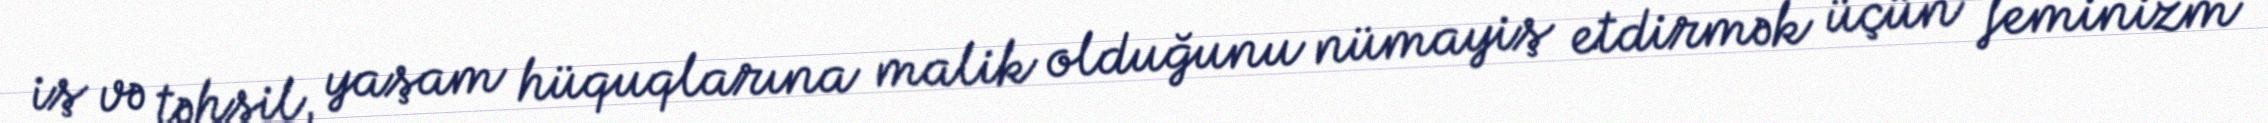
iş və təhsil, yaşam hüquqlarına malik olduğunu nümayiş etdirmək üçün feminizm